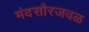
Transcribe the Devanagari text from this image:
मंदसौरजवळ